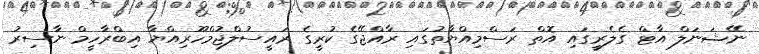
ނޭޝަނަލް އާޓް ގެލެރީގައި އޮތް ރަސްމިއްޔާތުގައި ރާއްޖޭގެ ކުރީގެ ރައީސުލްޖުމްހޫރިއްޔާ އިބްރާހީމް ނާސިރު